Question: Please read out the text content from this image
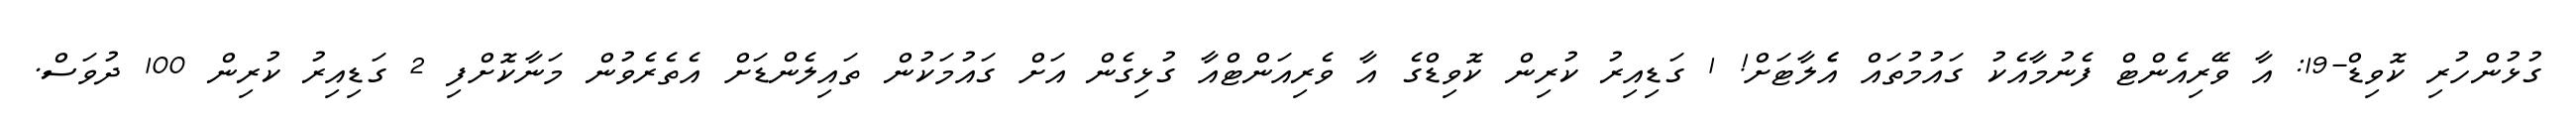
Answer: ގުޅުންހުރި ކޮވިޑް-19: އާ ވޭރިއެންޓް ފެނުމާއެކު ގައުމުތައް އެެލާޓަށް! 1 ގަޑިއިރު ކުރިން ކޮވިޑްގެ އާ ވެރިއަންޓްއާ ގުޅިގެން އަށް ގައުމަކުން ތައިލެންޑަށް އެތެރެވުން މަނާކޮށްފި 2 ގަޑިއިރު ކުރިން 100 ދުވަސް.